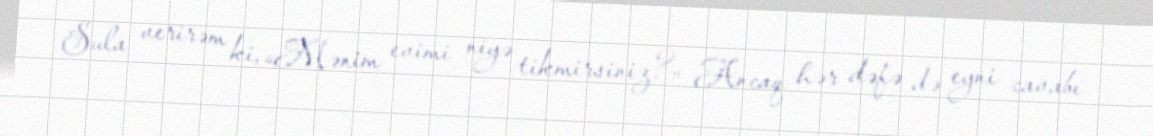
Sula verirəm ki, «Mənim evimi niyə tikmirsiniz?» Ancaq hər dəfə də eyni cavabı